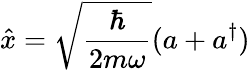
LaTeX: {\hat{x}}={\sqrt{\frac{\hbar}{2m\omega}}}(a+a^{\dagger})